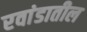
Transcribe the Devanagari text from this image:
रवांडातील